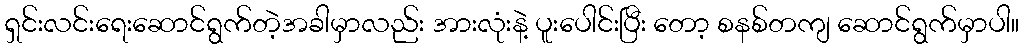
ရှင်းလင်းရေးဆောင်ရွက်တဲ့အခါမှာလည်း အားလုံးနဲ့ ပူးပေါင်းပြီး တော့ စနစ်တကျ ဆောင်ရွက်မှာပါ။